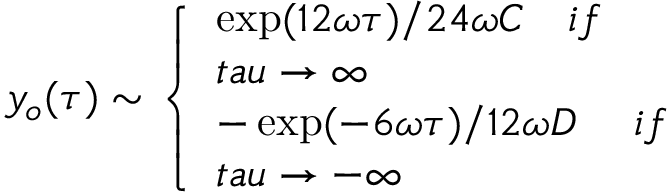
y _ { o } ( \tau ) \sim \left\{ \begin{array} { l } { { \exp ( 1 2 \omega \tau ) / 2 4 \omega C \ \ \ i f \ } } \\ { { t a u \rightarrow \infty } } \\ { { - \exp ( - 6 \omega \tau ) / 1 2 \omega D \ \ \ \ i f \ } } \\ { { t a u \rightarrow - \infty } } \end{array} \right.